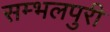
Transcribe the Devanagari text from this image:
सम्भलपुरी